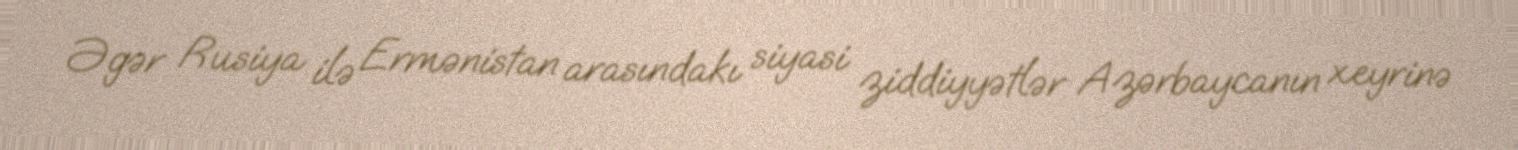
Əgər Rusiya ilə Ermənistan arasındakı siyasi ziddiyyətlər Azərbaycanın xeyrinə